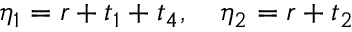
\eta _ { 1 } = r + t _ { 1 } + t _ { 4 } , \quad \eta _ { 2 } = r + t _ { 2 }